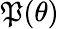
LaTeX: \mathfrak{P}(\theta)